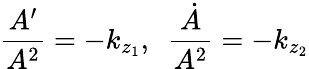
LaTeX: \frac{A^{\prime}}{A^{2}}=-k_{z_{1}},\ \ \frac{\dot{A}}{A^{2}}=-k_{z_{2}}